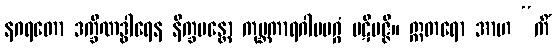
နဂရတော ဒက္ခိဏဒွါရေန နိက္ခမန္တော ကုမ္ဘကာရဂါမမဂ္ဂံ ပဋိပဇ္ဇိ။ ဣတရော အာဟ “ကိံ